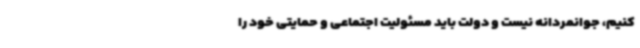
کنیم، جوانمردانه نیست و دولت باید مسئولیت اجتماعی و حمایتی خود را